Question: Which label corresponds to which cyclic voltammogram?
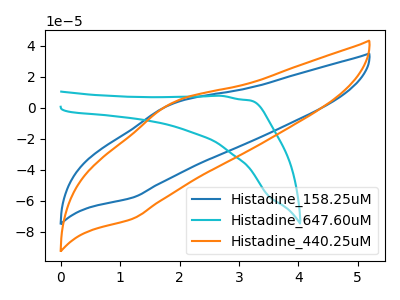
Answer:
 <answer>The blue curve is labeled "Histadine_158.25uM". The cyan curve is labeled "Histadine_647.60uM". The orange curve is labeled "Histadine_440.25uM".</answer>
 <eval></eval>